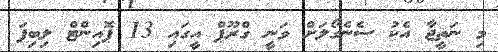
މި ނަތީޖާ އެކު ސެނެގޯލަށް ވަނީ ގްރޫޕް އީގައި 13 ޕޮއިންޓް ލިބިފަ